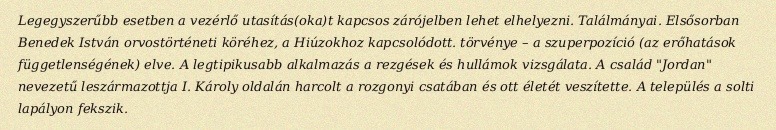
Legegyszerűbb esetben a vezérlő utasítás(oka)t kapcsos zárójelben lehet elhelyezni. Találmányai. Elsősorban Benedek István orvostörténeti köréhez, a Hiúzokhoz kapcsolódott. törvénye – a szuperpozíció (az erőhatások függetlenségének) elve. A legtipikusabb alkalmazás a rezgések és hullámok vizsgálata. A család "Jordan" nevezetű leszármazottja I. Károly oldalán harcolt a rozgonyi csatában és ott életét veszítette. A település a solti lapályon fekszik.